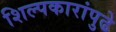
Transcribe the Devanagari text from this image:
शिल्पकारांपुढे